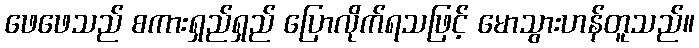
ဖေဖေသည် စကားရှည်ရှည် ပြောလိုက်ရသဖြင့် မောသွားဟန်တူသည်။